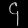
Digit: ၄